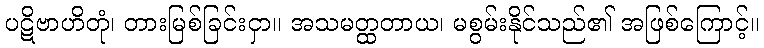
ပဋိဗာဟိတုံ၊ တားမြစ်ခြင်းငှာ။ အသမတ္ထတာယ၊ မစွမ်းနိုင်သည်၏ အဖြစ်ကြောင့်။